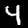
Label: 4